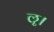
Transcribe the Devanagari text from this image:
ॡ।